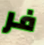
فر